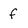
Character: f